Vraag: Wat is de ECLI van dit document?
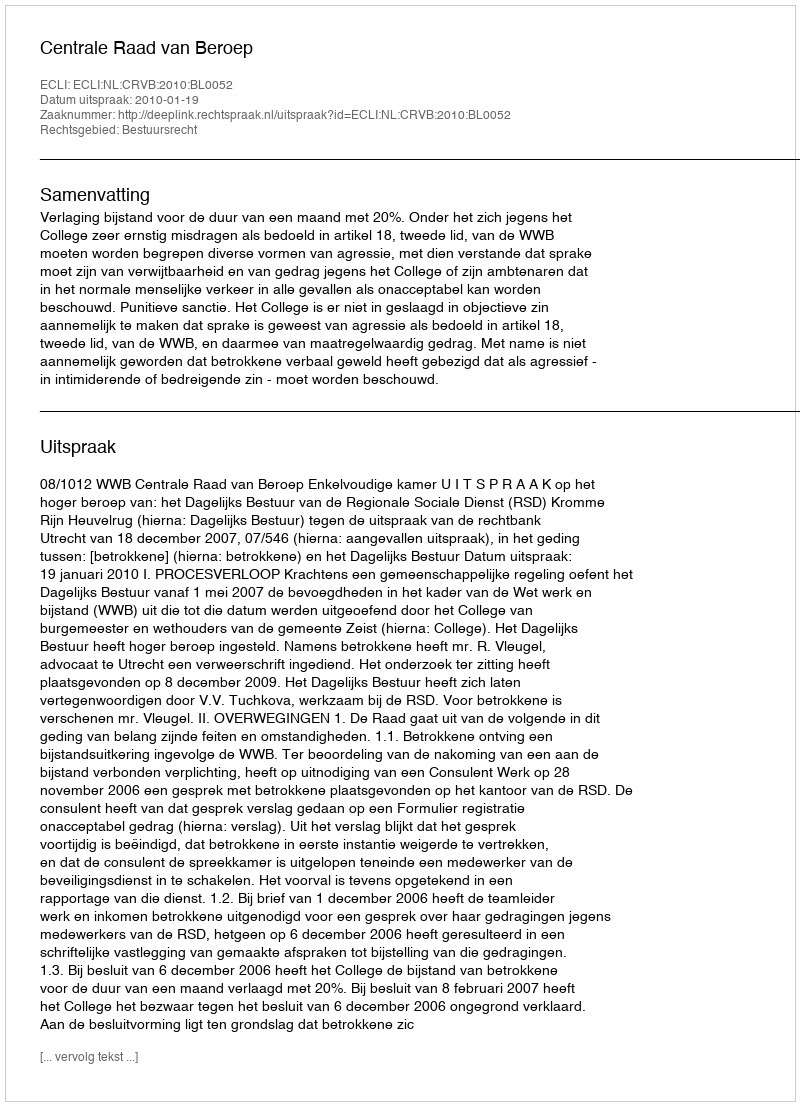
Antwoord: ECLI:NL:CRVB:2010:BL0052